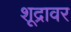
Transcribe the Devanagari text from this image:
शूद्रावर